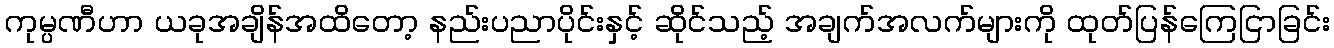
ကုမ္ပဏီဟာ ယခုအချိန်အထိတော့ နည်းပညာပိုင်းနှင့် ဆိုင်သည့် အချက်အလက်များကို ထုတ်ပြန်ကြေငြာခြင်း